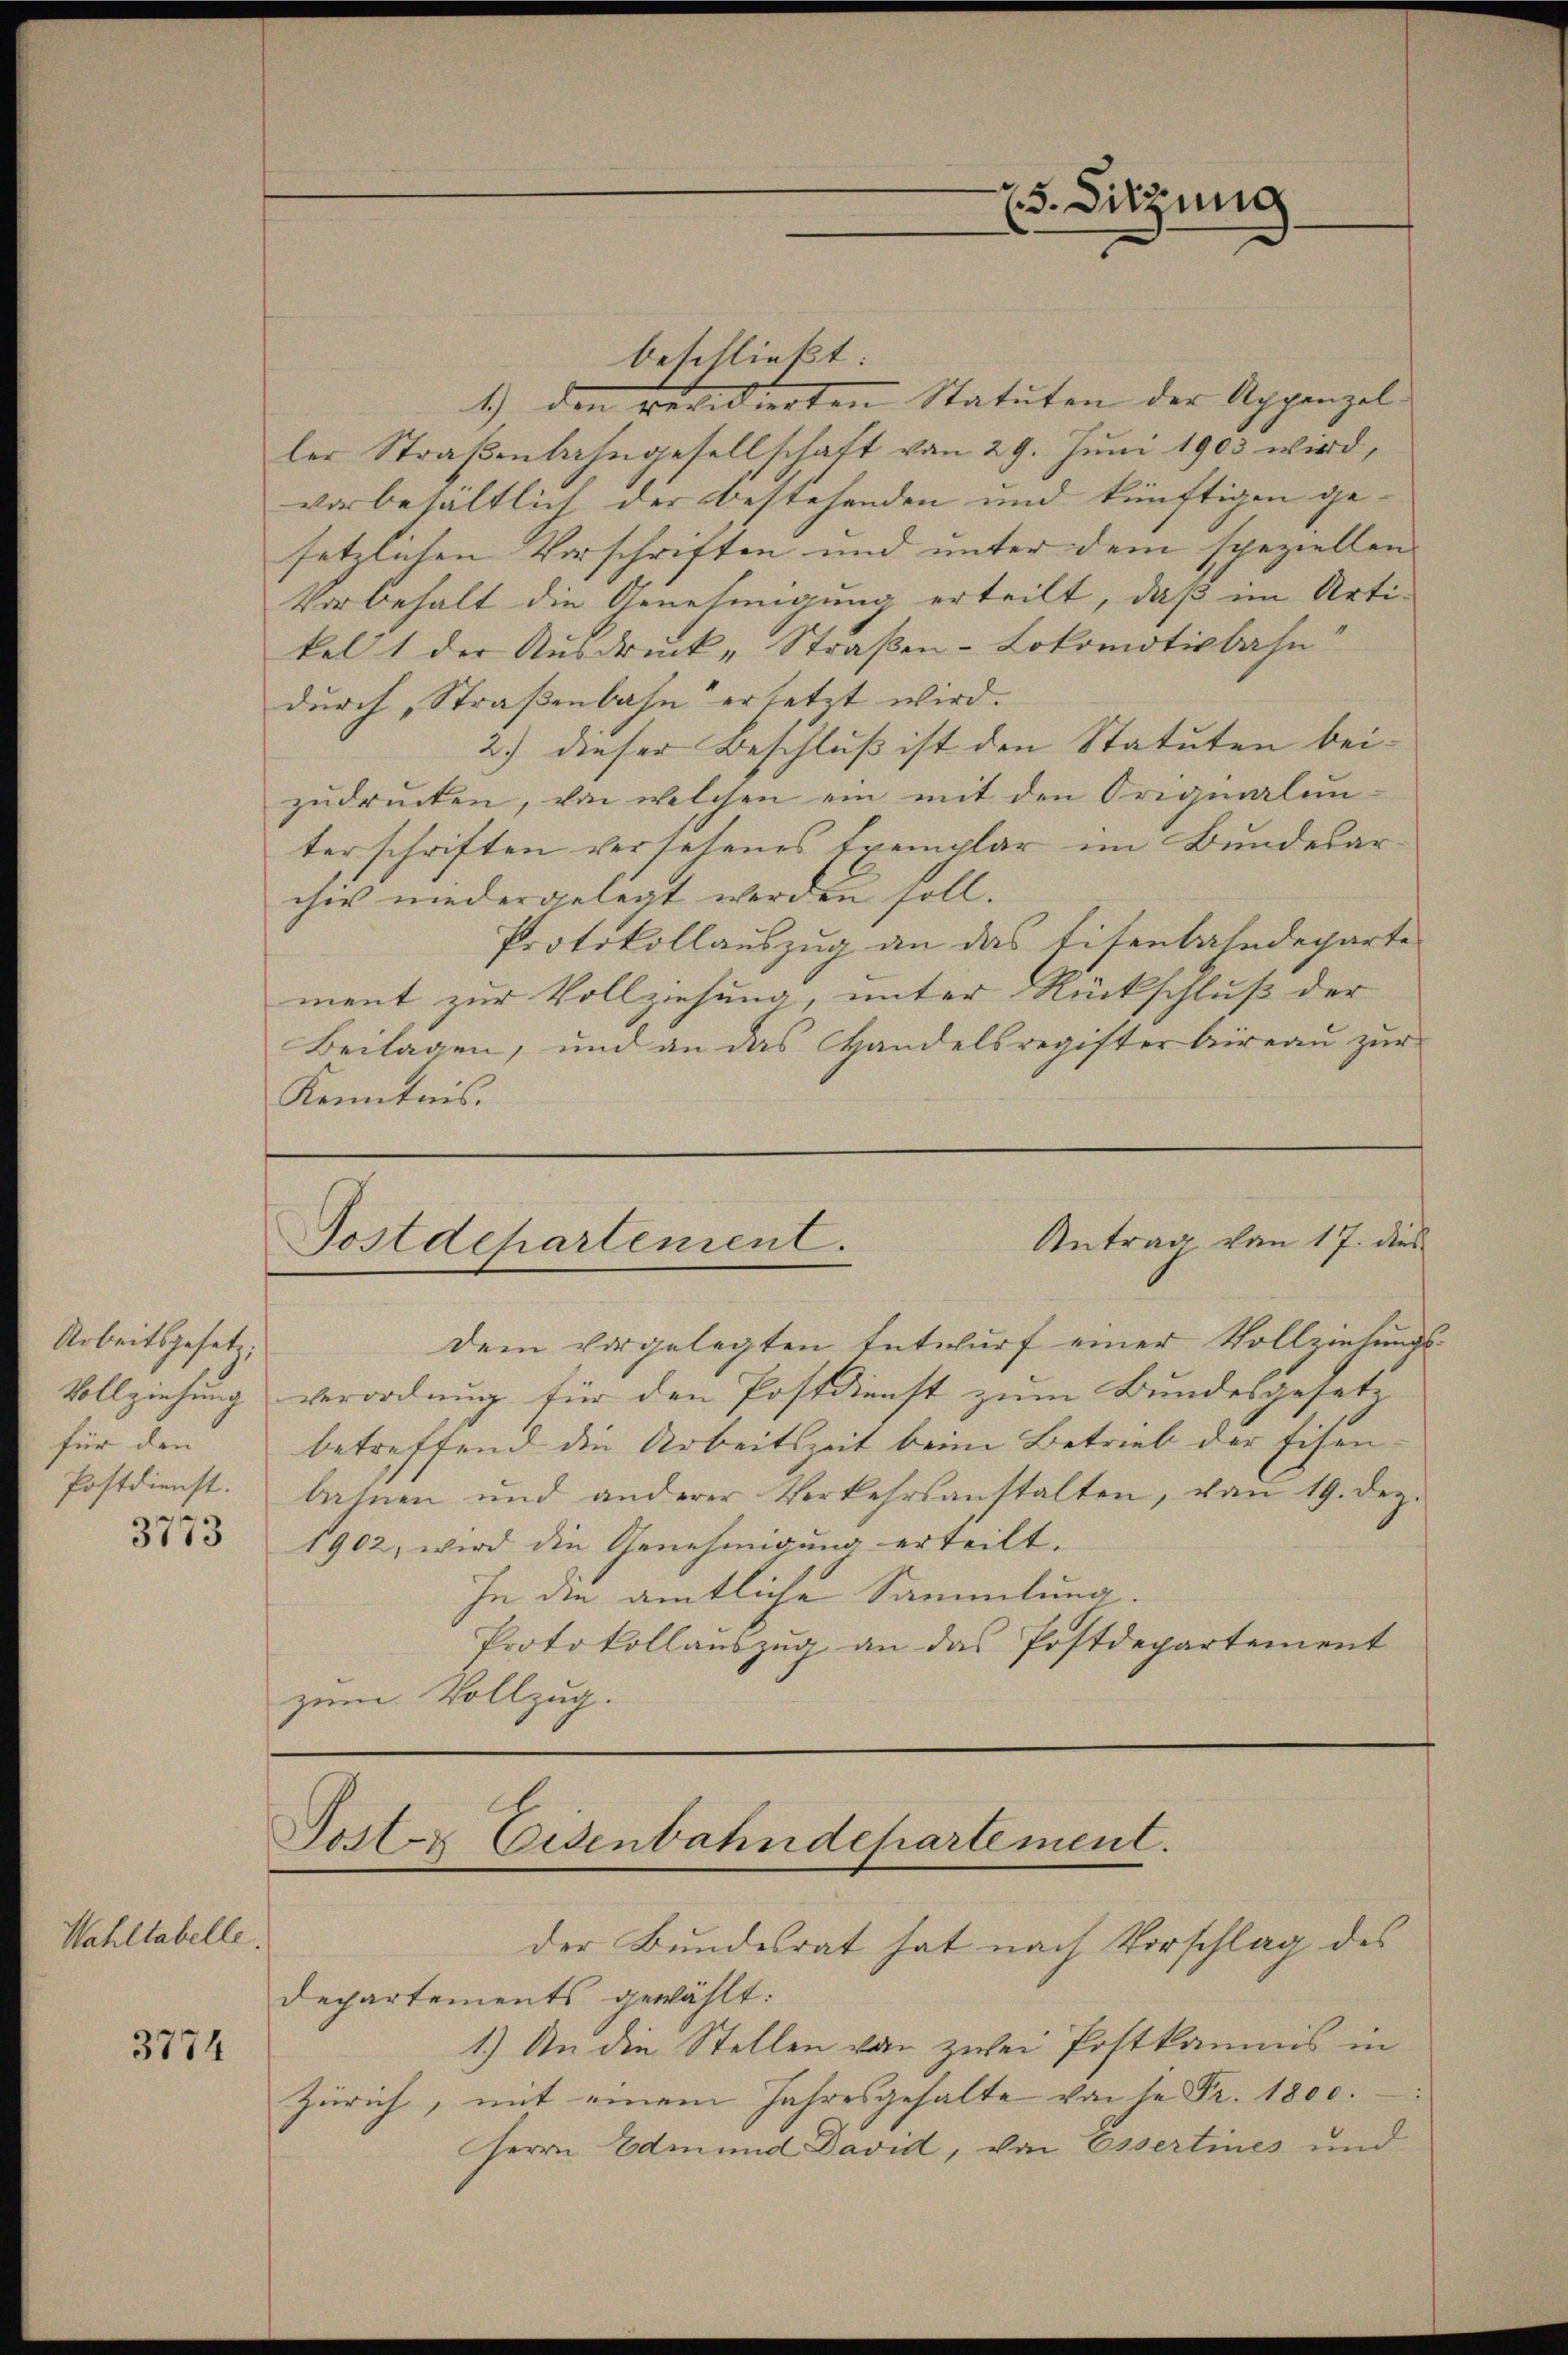
Arbeitsgesetz,
Vollziehung
für den
Postdienst.
3773

Wahltabelle.

3774

ler Straßenbahngesellschaft von 29. Juni 1903 wird,
vorbehältlich der bestehenden und künftigen gekel 1 der Ausdruck „Straßen-Lokomotivbahn
durch, Straßenbahn erletzt wird.
zŭdrŭcken, von welchen ein mit den Originalun-
terschriften versehenes Exemplar im Bundesarchiv niedergelegt werden soll.
ment zur Vollziehung, unter Rückschluß der
Kenntnis.

25. Sitzung

beschließt. |
1.) den revidierten Statuten der Appenzelsetzlichen Vorschriften und unter dem speziellen |
Vorbehalt die Genehmigung erteilt, daß im Arti-
2.) dieser Beschluß ist den Statuten bei¬
Protokollauszug an das Eisenbahndeparte
Beilagen, und an das Handelsregisterbireau zur
Antrag von 17. dies
Postdepartement.
dem vorgelegten Entwurf einer Vollziehungs
verordnug für den Postdienst zum Bundesgesetz
betreffend die Arbeitszeit beim Betrieb der Eisen
bahnen und anderer Verkehrsanstalten, von 19. Dez.
1902, wird die Genehmigung erteilt.
In die amtliche Sammlung
Protokollauszug an das Postdepartement
zum Vollzug.

Posten Eisenbahndepartement.
der Bundesrat hat nach Vorschlag des

Departements gewählt:
1.) An die Stellen von zwei Postkamnis in
Zürich, mit einem Jahresgehalte von je Fr. 1800.
Herrn Edmund Davit, von Essertines und